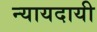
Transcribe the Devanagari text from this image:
न्यायदायी